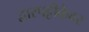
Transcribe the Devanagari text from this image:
द्वारपट्टीकेवर